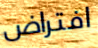
افتراض